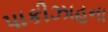
પાકીઝાહના